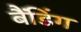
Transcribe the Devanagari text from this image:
बैंडिंग